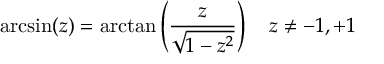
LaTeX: \arcsin ( z ) = \arctan \left( { \frac { z } { \sqrt { 1 - z ^ { 2 } } } } \right) \quad z \neq - 1 , + 1